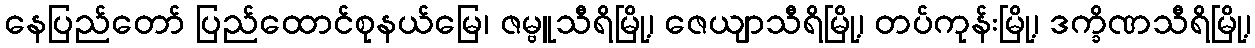
နေပြည်တော် ပြည်ထောင်စုနယ်မြေ၊ ဇမ္ဗူသီရိမြို့၊ ဇေယျာသီရိမြို့၊ တပ်ကုန်းမြို့၊ ဒက္ခိဏသီရိမြို့၊